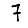
Digit: 7